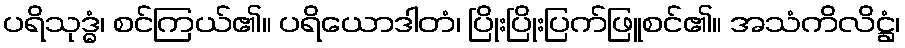
ပရိသုဒ္ဓံ၊ စင်ကြယ်၏။ ပရိယောဒါတံ၊ ပြိုးပြိုးပြက်ဖြူစင်၏။ အသံကိလိဋ္ဌံ၊